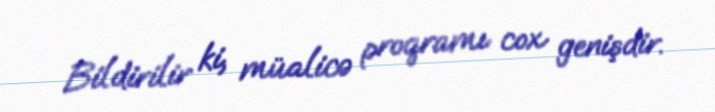
Bildirilir ki, müalicə proqramı cox genişdir.